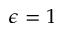
\epsilon = 1